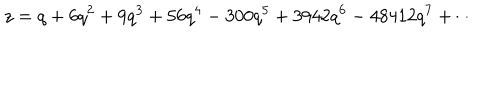
LaTeX: z = q + 6 q ^ { 2 } + 9 q ^ { 3 } + 5 6 q ^ { 4 } - 3 0 0 q ^ { 5 } + 3 9 4 2 q ^ { 6 } - 4 8 4 1 2 q ^ { 7 } + \cdots